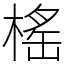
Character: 榣